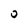
Character: 0